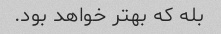
بله که بهتر خواهد بود.